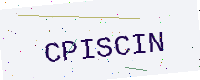
Text: CPISCIN